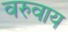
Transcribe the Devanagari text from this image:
वरुवाय